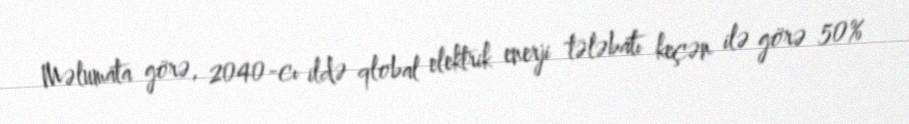
Məlumata görə, 2040-cı ildə qlobal elektrik enerji tələbatı keçən ilə görə 50%